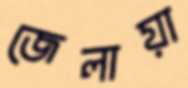
জেলায়া